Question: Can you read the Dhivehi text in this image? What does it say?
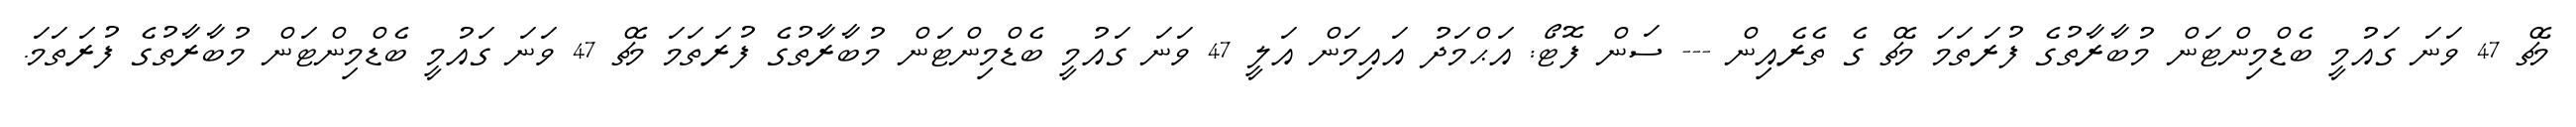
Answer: މެޗް 47 ވަނަ ގައުމީ ބެޑްމިންޓަން މުބާރާތުގެ ފުރަތަމަ މެޗް ގެ ތެރެއިން --- ސަން ފޮޓޯ: އަޙްމަދު އައިމަން އަލީ 47 ވަނަ ގައުމީ ބެޑްމިންޓަން މުބާރާތުގެ ފުރަތަމަ މެޗް 47 ވަނަ ގައުމީ ބެޑްމިންޓަން މުބާރާތުގެ ފުރަތަމަ.